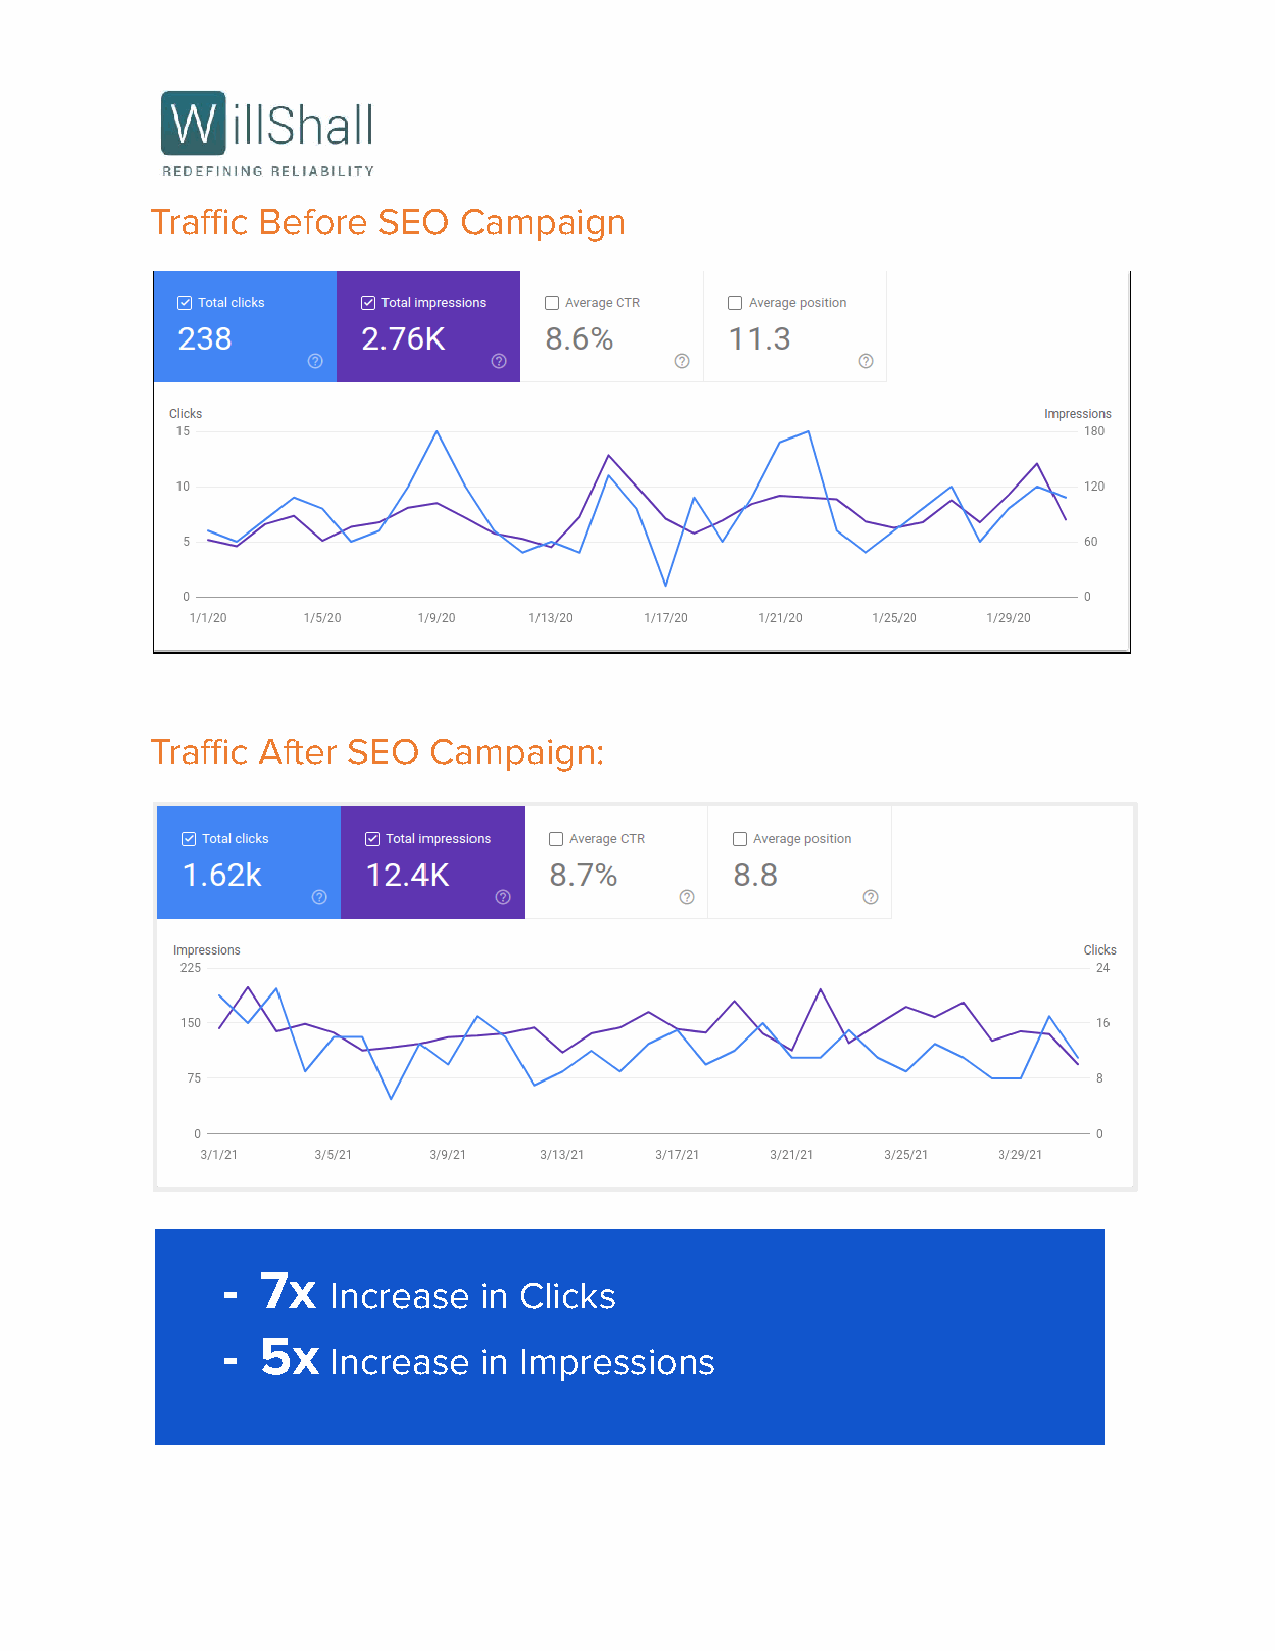
Traffic Before SEO  Campaign
 Traffic After SEO Campaign:
 - 7x
 Increase  in Clicks
 - 5x
 Increase  in Impressions
 ng a combination of off-site SEO activities and constant on-site